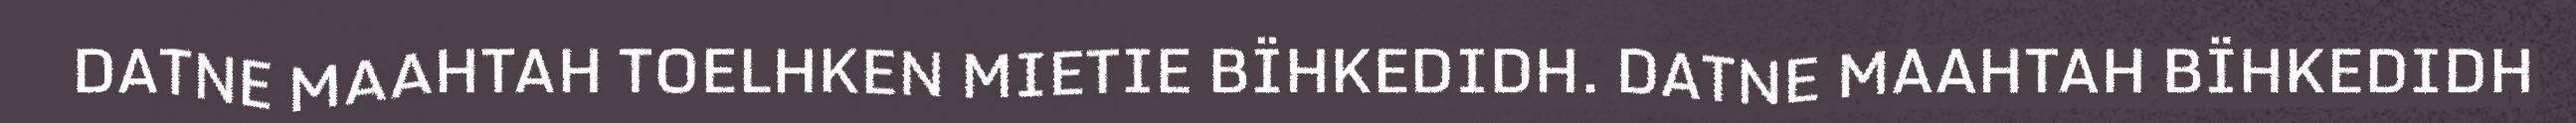
DATNE MAAHTAH TOELHKEN MIETIE BÏHKEDIDH. DATNE MAAHTAH BÏHKEDIDH